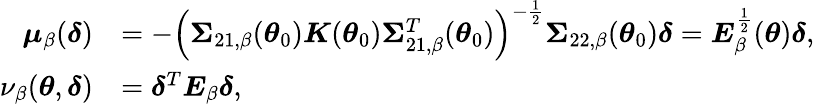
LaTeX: \begin{array}{rl}{\boldsymbol{\mu}_{\beta}(\boldsymbol{\delta})}&{=-\left(\boldsymbol{\Sigma}_{21,\beta}(\boldsymbol{\theta}_{0})\boldsymbol{K}(\boldsymbol{\theta}_{0})\boldsymbol{\Sigma}_{21,\beta}^{T}(\boldsymbol{\theta}_{0})\right)^{-\frac{1}{2}}\boldsymbol{\Sigma}_{22,\beta}(\boldsymbol{\theta}_{0})\boldsymbol{\delta}=\boldsymbol{E}_{\beta}^{\frac{1}{2}}(\boldsymbol{\theta})\boldsymbol{\delta},}\\ {\nu_{\beta}(\boldsymbol{\theta},\boldsymbol{\delta})}&{=\boldsymbol{\delta}^{T}\boldsymbol{E}_{\beta}\boldsymbol{\delta},}\end{array}